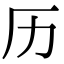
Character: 历